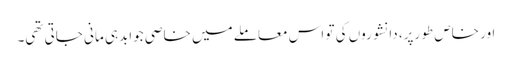
اور خاص طو رپر، دانشوروں کی تو اس معاملے میں خاصی جوابدہی مانی جاتی تھی۔